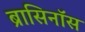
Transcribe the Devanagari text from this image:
ब्रासिनॉस